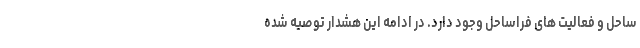
ساحل و فعالیت های فراساحل وجود دارد. در ادامه این هشدار توصیه شده